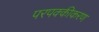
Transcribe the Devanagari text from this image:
परपक्कीकरण